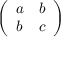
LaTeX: \left( \begin{array} { l l } { a } & { b } \\ { b } & { c } \end{array} \right)